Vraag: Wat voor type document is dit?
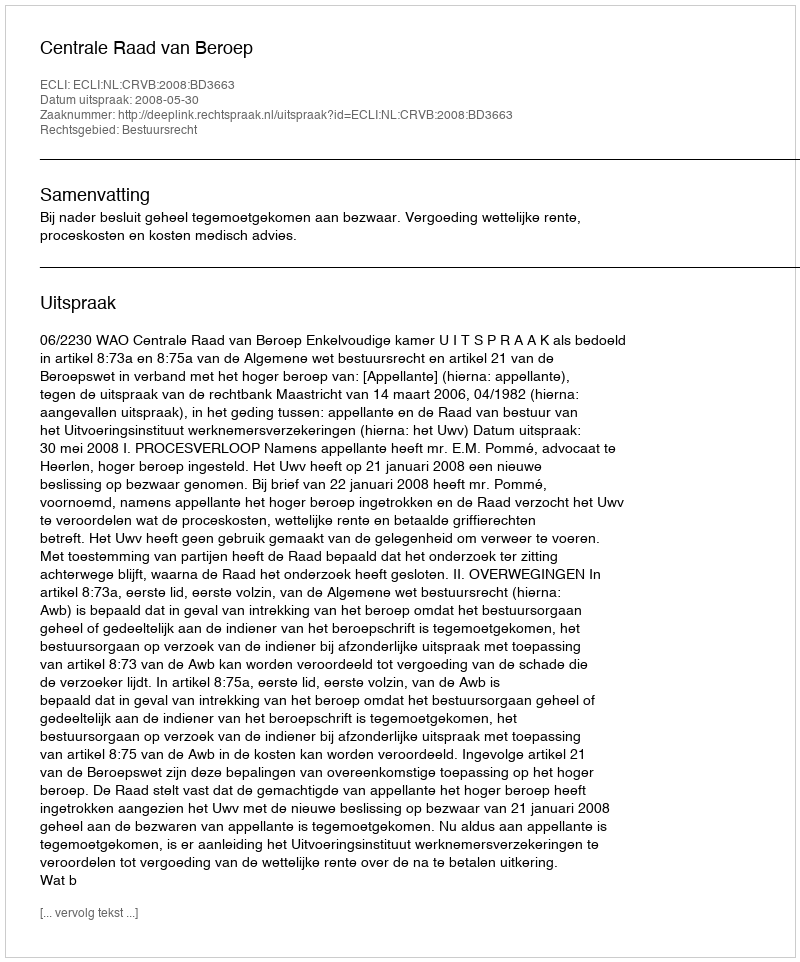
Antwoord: Uitspraak